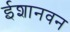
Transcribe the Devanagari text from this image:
ईशानवन